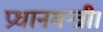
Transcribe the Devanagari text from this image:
प्रधानमन्त्री।